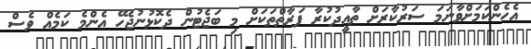
އެހެންކަމަށްވާނަމަ ސަރުކާރަށް ތާއީދުކުރާ ފަރާތްތަކަށް މި ބަޖެޓުން ދެކޮޅުނުޖެހޭ އެންމެ ކަމެއް ވެސް